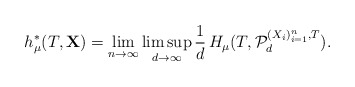
\begin{align*} h^\ast_\mu(T,{\bf X})= \lim_{n\to\infty}\limsup_{d\to\infty} \frac{1}{d}\,H_\mu(T,\mathcal{P}_d^{(X_i)_{i=1}^n,T}).\end{align*}